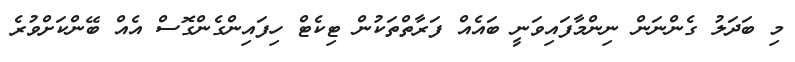
މި ބަދަލު ގެންނަން ނިންމާފައިވަނީ ބައެއް ފަރާތްތަކުން ޓިކެޓް ހިފައިންގެންގޮސް އެއް ބޭންކަށްވުރެ